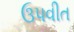
ઉપવીત